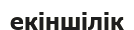
екіншілік